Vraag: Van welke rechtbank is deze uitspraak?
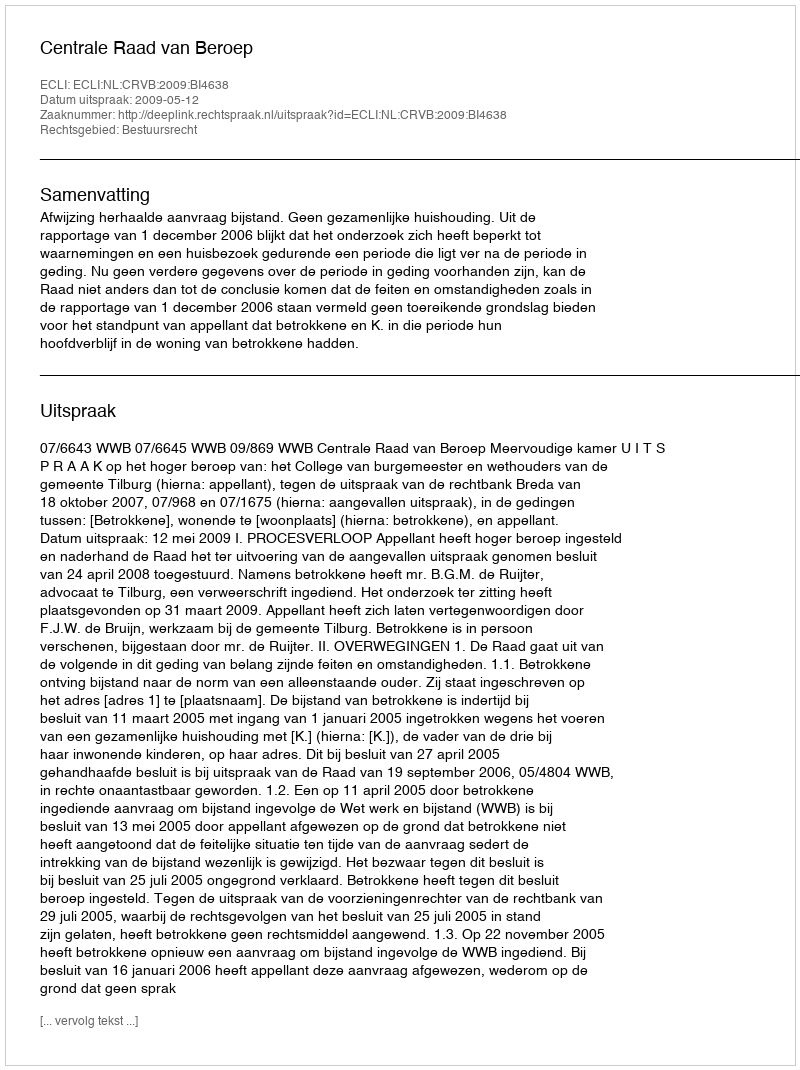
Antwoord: Centrale Raad van Beroep